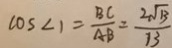
\cos \angle 1 = \frac { B C } { A B } = \frac { 2 \sqrt { 1 3 } } { 1 3 }